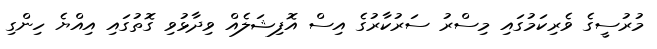
މުރުސީގެ ވެރިކަމުގައި މިސްރު ސަރުކާރުގެ އިސް އޮފިޝަލެއް ވިދާޅުވި ގޮތުގައި އިއްޔެ ހިންގި